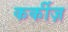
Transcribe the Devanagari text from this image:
कर्कीज़